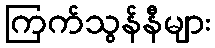
ကြက်သွန်နီများ